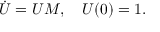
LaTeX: \dot { U } = U M , { \quad } U ( 0 ) = 1 .